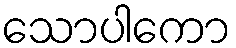
သောပါကော